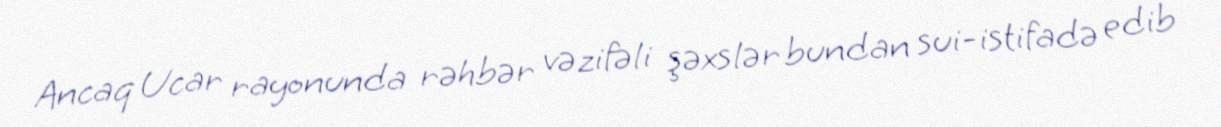
Ancaq Ucar rayonunda rəhbər vəzifəli şəxslər bundan sui-istifadə edib